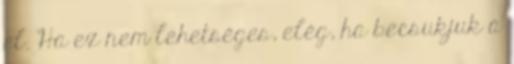
el. Ha ez nem lehetséges, elég, ha becsukjuk a